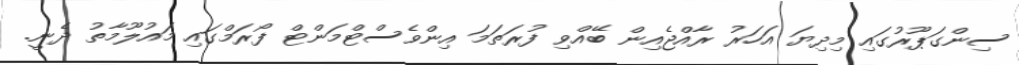
ސިންގަޕޫރުގައި މިދިޔަ އަހަރު ރާއްޖެއިން ބޭއްވި ފުރަތަމަ އިންވެސްޓްމަންޓް ފޯރަމްގައި މައުލޫމާތު ދެނީ.